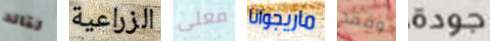
لقائد الزراعية فعلى ماريجوانا وفقد جودة